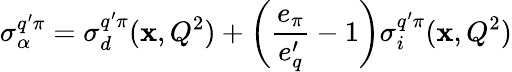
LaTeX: \sigma_{\alpha}^{q^{\prime}\pi}=\sigma_{d}^{q^{\prime}\pi}(\mathbf{x},Q^{2})+\left(\frac{{e_{\pi}}}{{e_{q}^{\prime}}}-1\right)\sigma_{i}^{q^{\prime}\pi}(\mathbf{x},Q^{2})